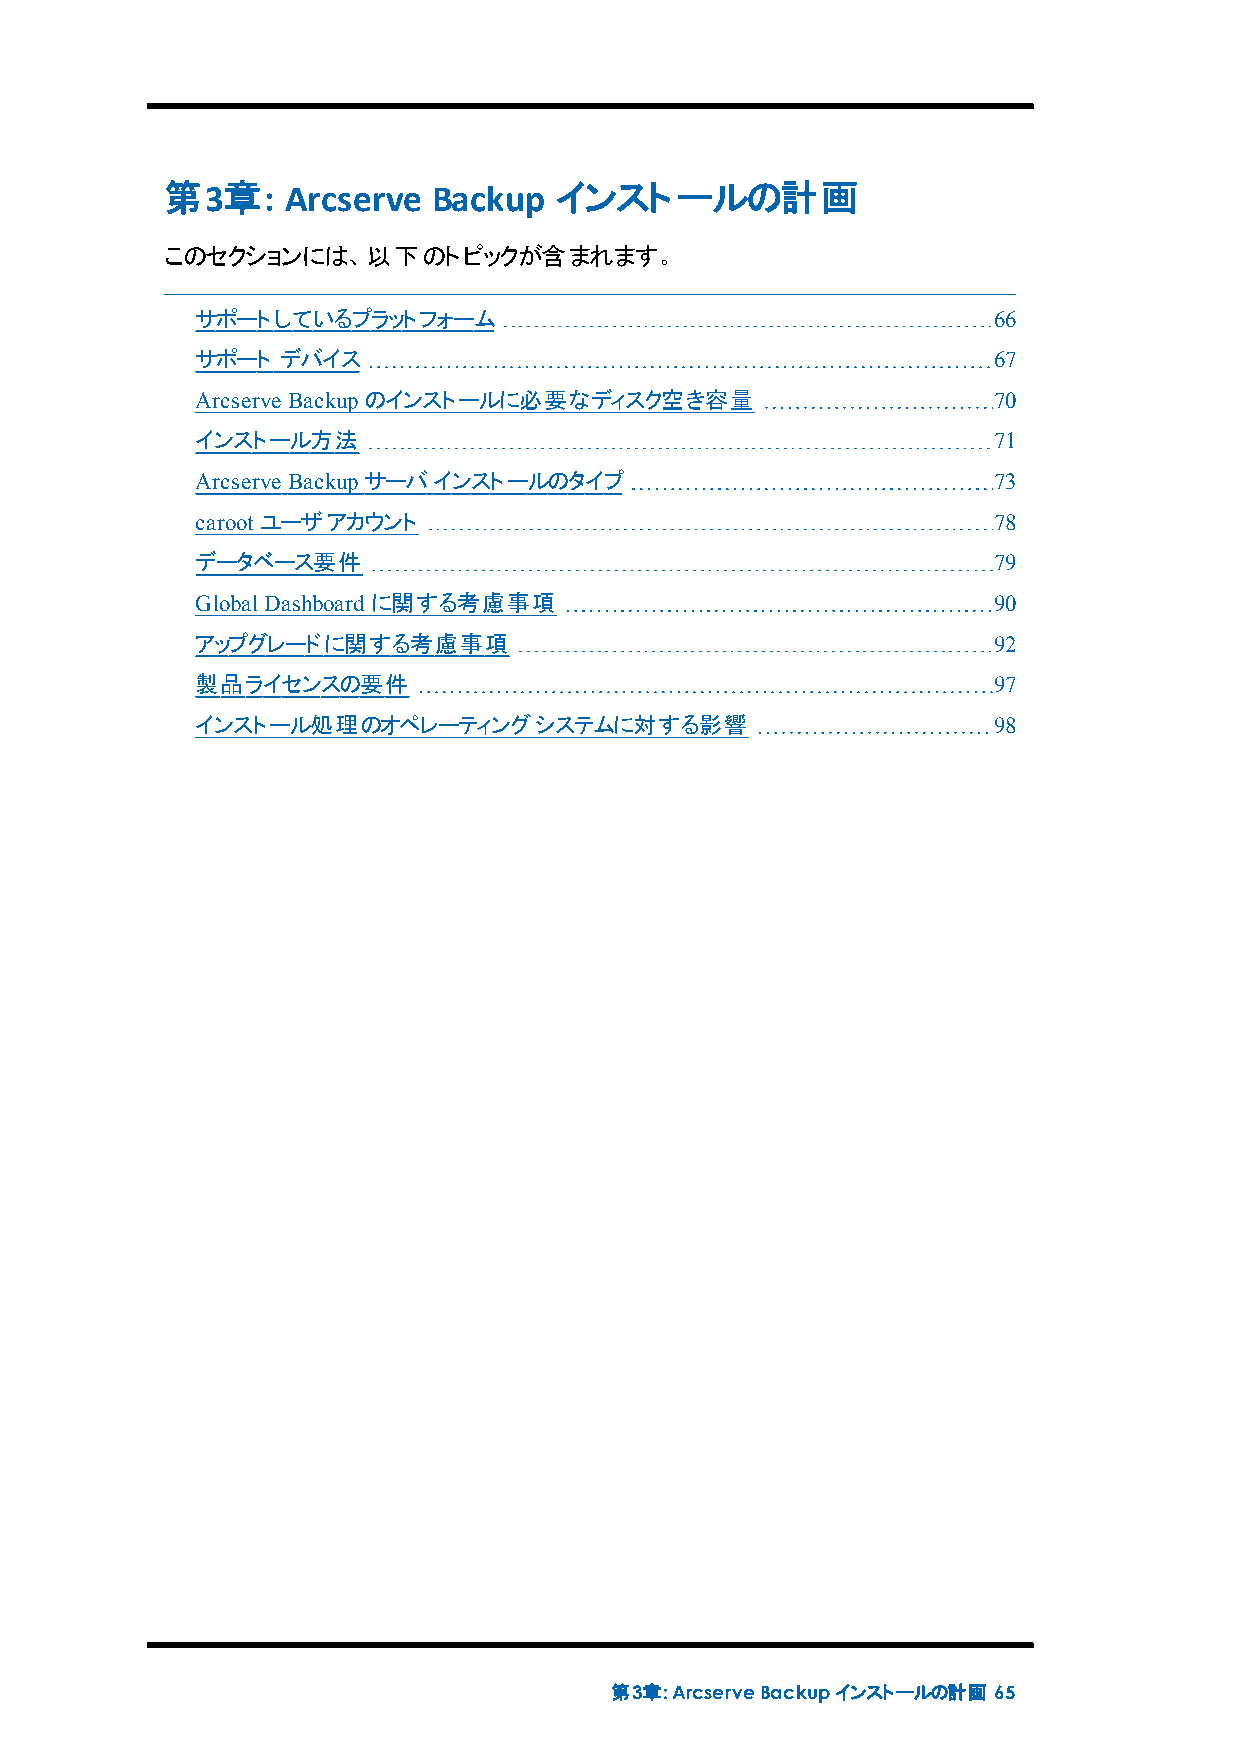
第3章:    Arcserve  Backup  インストールの計画
 このセクションには、以下のトピックが含まれます。
 サポートしているプラットフォーム                                     66
 サポート  デバイス                                           67
 Arcserve Backupのインストールに必要なディスク空き容量                   70
 インストール方法                                             71
 Arcserve Backupサーバインストールのタイプ                         73
 carootユーザアカウント                                       78
 データベース要件                                             79
 GlobalDashboardに関する考慮事項                              90
 アップグレードに関する考慮事項                                      92
 製品ライセンスの要件                                           97
 インストール処理のオペレーティングシステムに対する影響                          98
 第3章:ArcserveBackupインストールの計画 65